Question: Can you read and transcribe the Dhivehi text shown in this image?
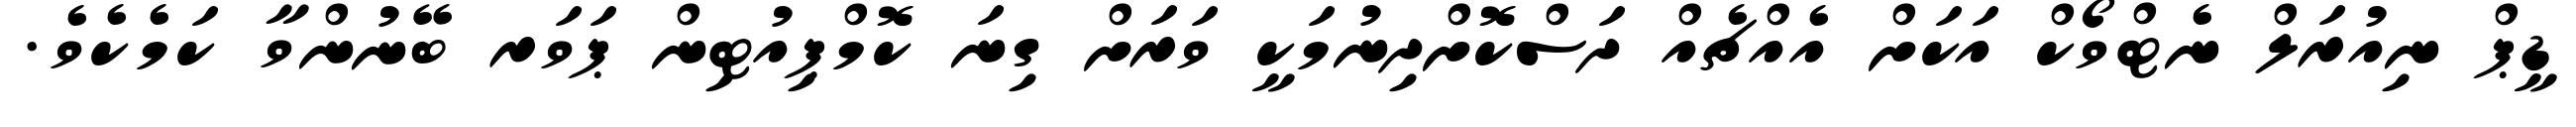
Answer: ޑީޕް ނިއުރަލް ނެޓްވޯކް އަކަށް އެއްޗެއް ދަސްކޮށްދިނުމަކީ ވަރަށް ގިނަ ކޮމްޕިއުޓިން ޕަވަރ ބޭނުންވާ ކަމެކެވެ.